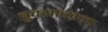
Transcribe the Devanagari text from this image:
बुक्याळाला